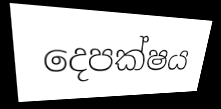
දෙපක්ෂය